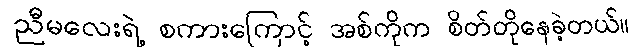
ညီမလေးရဲ့ စကားကြောင့် အစ်ကိုက စိတ်တိုနေခဲ့တယ်။